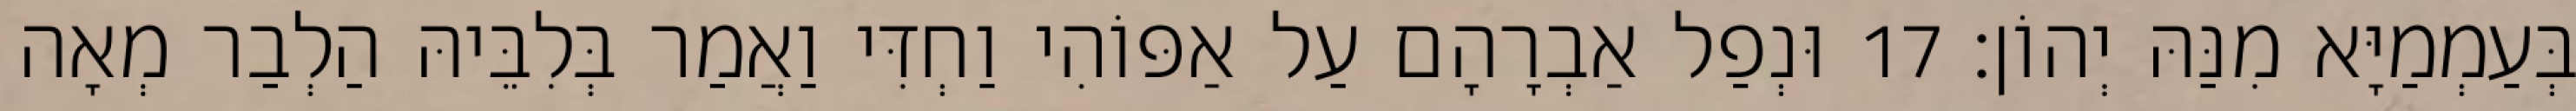
בְּעַמְמַיָּא מִנַּהּ יְהוֹן׃ 17 וּנְפַל אַבְרָהָם עַל אַפּוֹהִי וַחְדִּי וַאֲמַר בְּלִבֵּיהּ הַלְבַר מְאָה